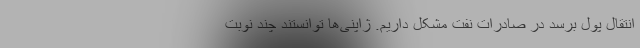
انتقال پول برسد در صادرات نفت مشکل داریم. ژاپنی‌ها توانستند چند نوبت